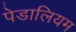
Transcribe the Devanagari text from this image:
पेडालियम